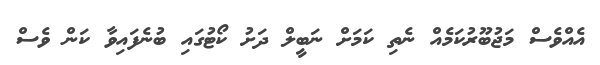
އެއްވެސް މަޖުބޫރުކަމެއް ނެތި ކަމަށް ނަބީލް ދަށު ކޯޓުގައި ބުނެފައިވާ ކަން ވެސް